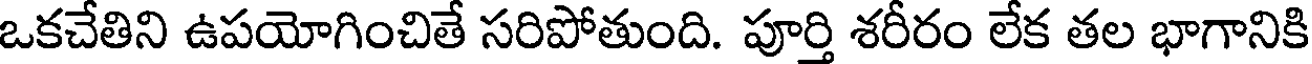
ఒకచేతిని ఉపయోగించితే సరిపోతుంది. పూర్తి శరీరం లేక తల భాగానికి